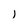
Character: l